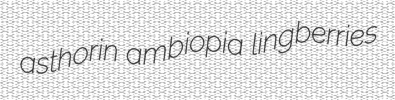
asthorin ambiopia lingberries